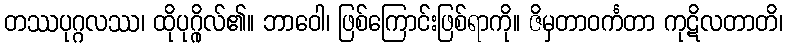
တဿပုဂ္ဂလဿ၊ ထိုပုဂ္ဂိုလ်၏။ ဘာဝေါ၊ ဖြစ်ကြောင်းဖြစ်ရာကို။ ဇိမှတာဝင်္ကတာ ကုဋိလတာတိ၊